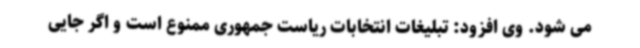
می شود. وی افزود: تبلیغات انتخابات ریاست جمهوری ممنوع است و اگر جایی